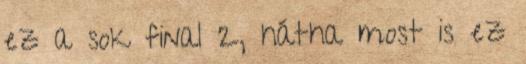
ez a sok final 2, hátha most is ez